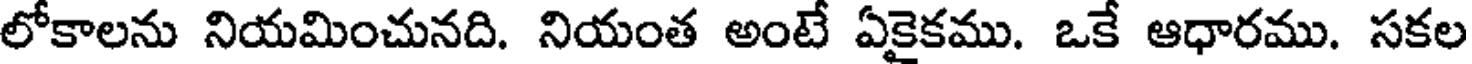
లోకాలను నియమించునది. నియంత అంటే ఏకైకము. ఒకే ఆధారము. సకల